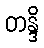
တန္ဒိ